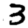
Digit: 3